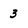
Character: 3